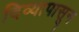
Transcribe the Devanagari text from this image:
दिव्यापासून